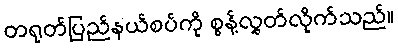
တရုတ်ပြည်နယ်စပ်ကို စွန့်လွှတ်လိုက်သည်။